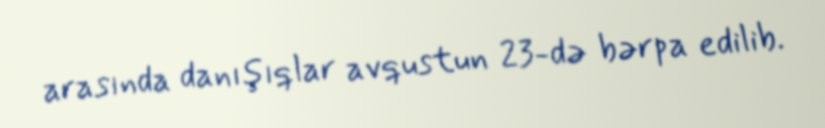
arasında danışıqlar avqustun 23-də bərpa edilib.